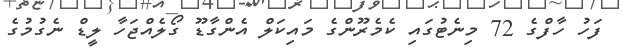
ފަހު ހާފްގެ 72 މިނެޓުގައި ކެމެރޫންގެ މައިކަލް އެންގާޑޫ ގޯލެއްޖަހާ ލީޑް ނެގުމުގެ